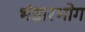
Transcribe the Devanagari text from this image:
भंडारभोग